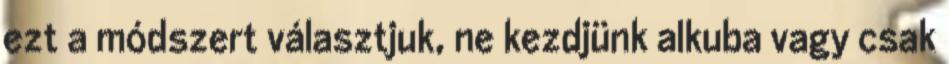
ezt a módszert választjuk, ne kezdjünk alkuba vagy csak